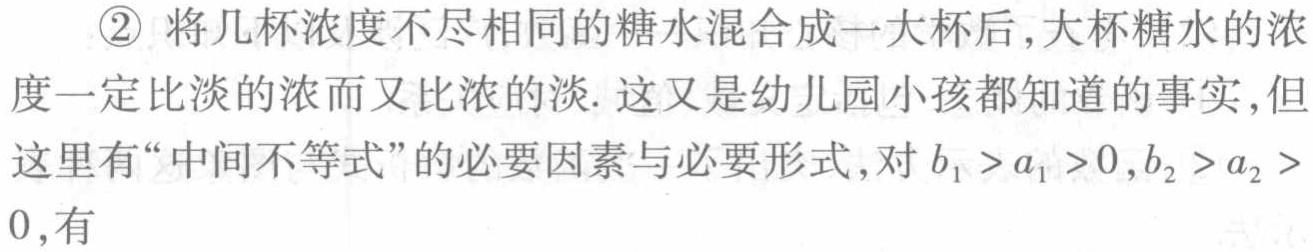
\textcircled{2} 将几杯浓度不尽相同的糖水混合成一大杯后,大杯糖水的浓

度一定比淡的浓而又比浓的淡. 这又是幼儿园小孩都知道的事实,但

这里有“中间不等式”的必要因素与必要形式,对 \(b_{1}>a_{1}>0,b_{2}>a_{2}>

0\),有